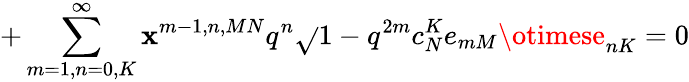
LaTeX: +\sum_{m=1,n=0,K}^{\infty}\mathbf{x}^{m-1,n,MN}q^{n}\sqrt{}{{1-q^{2m}}}c_{N}^{K}e_{mM}\otimese_{nK}=0